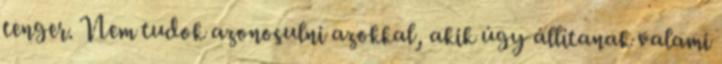
tenger. Nem tudok azonosulni azokkal, akik úgy állítanak valami